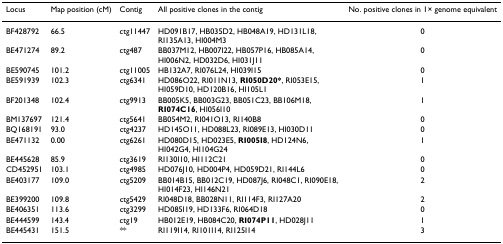
<table><thead><tr><td><b>Locus</b></td><td><b>Map position (cM)</b></td><td><b>Contig</b></td><td><b>All positive clones in the contig</b></td><td><b>No. positive clones in 1× genome equivalent</b></td></tr></thead><tbody><tr><td>BF428792</td><td>66.5</td><td>ctg11447</td><td>HD091B17, HB035D2, HB048A19, HD131L18, RI135A13, HI004M3</td><td>0</td></tr><tr><td>BE471274</td><td>89.2</td><td>ctg487</td><td>BB037M12, HB007I22, HB057P16, HB085A14, HI006N2, HD032D6, HI031J11</td><td>0</td></tr><tr><td>BE590745</td><td>101.2</td><td>ctg11005</td><td>HB132A7, RI076L24, HI039I15</td><td>0</td></tr><tr><td>BE591939</td><td>102.3</td><td>ctg6341</td><td>HD086O22, RI011N13, <b>RI050D20*</b>, RI053E15, HI059D10, HD120B16, HI105L1</td><td>1</td></tr><tr><td>BF201348</td><td>102.4</td><td>ctg9913</td><td>BB005K5, BB003G23, BB051C23, BB106M18, <b>RI074C16</b>, HI056I10</td><td>1</td></tr><tr><td>BM137697</td><td>121.4</td><td>ctg5641</td><td>BB054M2, RI041O13, RI140B8</td><td>0</td></tr><tr><td>BQ168191</td><td>93.0</td><td>ctg4237</td><td>HD145O11, HD088L23, RI089E13, HI030D11</td><td>0</td></tr><tr><td>BE471132</td><td>0.00</td><td>ctg6261</td><td>HD080D15, HD023E5, <b>RI005I8</b>, HD124N6, HI042G4, HI104G24</td><td>1</td></tr><tr><td>BE445628</td><td>85.9</td><td>ctg3619</td><td>RI130I10, HI112C21</td><td>0</td></tr><tr><td>CD452951</td><td>103.1</td><td>ctg4985</td><td>HD076J10, HD004P4, HD059D21, RI144L6</td><td>0</td></tr><tr><td>BE403177</td><td>109.0</td><td>ctg5209</td><td>BB014B15, BB012C19, HD087J6, RI048C1, RI090E18, HI014F23, HI146N21</td><td>2</td></tr><tr><td>BE399200</td><td>109.8</td><td>ctg5429</td><td>RI048D18, BB028N11, RI114F3, RI127A20</td><td>2</td></tr><tr><td>BE406351</td><td>113.6</td><td>ctg3299</td><td>HD085I19, HD133F6, RI064D18</td><td>0</td></tr><tr><td>BE444599</td><td>143.4</td><td>ctg19</td><td>HB012E19, HB084C20, <b>RI074P11</b>, HD028J11</td><td>1</td></tr><tr><td>BE445431</td><td>151.5</td><td>**</td><td>RI119I14, RI101I14, RI125I14</td><td>3</td></tr></tbody></table>